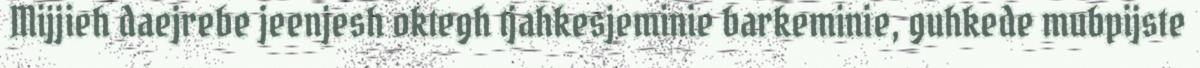
Mijjieh daejrebe jeenjesh oktegh tjahkesjeminie barkeminie, guhkede mubpijste